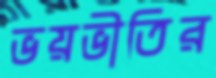
ভয়ভীতির